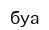
буа